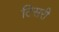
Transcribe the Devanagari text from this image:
टिसरी